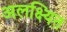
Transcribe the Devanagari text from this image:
अलक्ष्यित